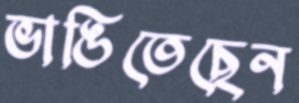
ভাঙিতেছেন